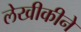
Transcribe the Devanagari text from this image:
लेखीकीने